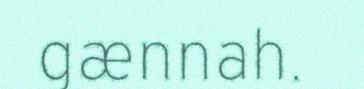
gænnah.